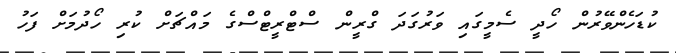
ކުޑަހެންވޭރުން ހޯދީ ސެމީގައި ވަރުގަދަ ގްރީން ސްޓްރީޓްސްގެ މައްޗަށް ކުރި ހޯދުމަށް ފަހު